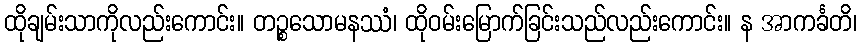
ထိုချမ်းသာကိုလည်းကောင်း။ တဉ္စသောမနဿံ၊ ထိုဝမ်းမြောက်ခြင်းသည်လည်းကောင်း။ န အာကင်္ခတိ၊